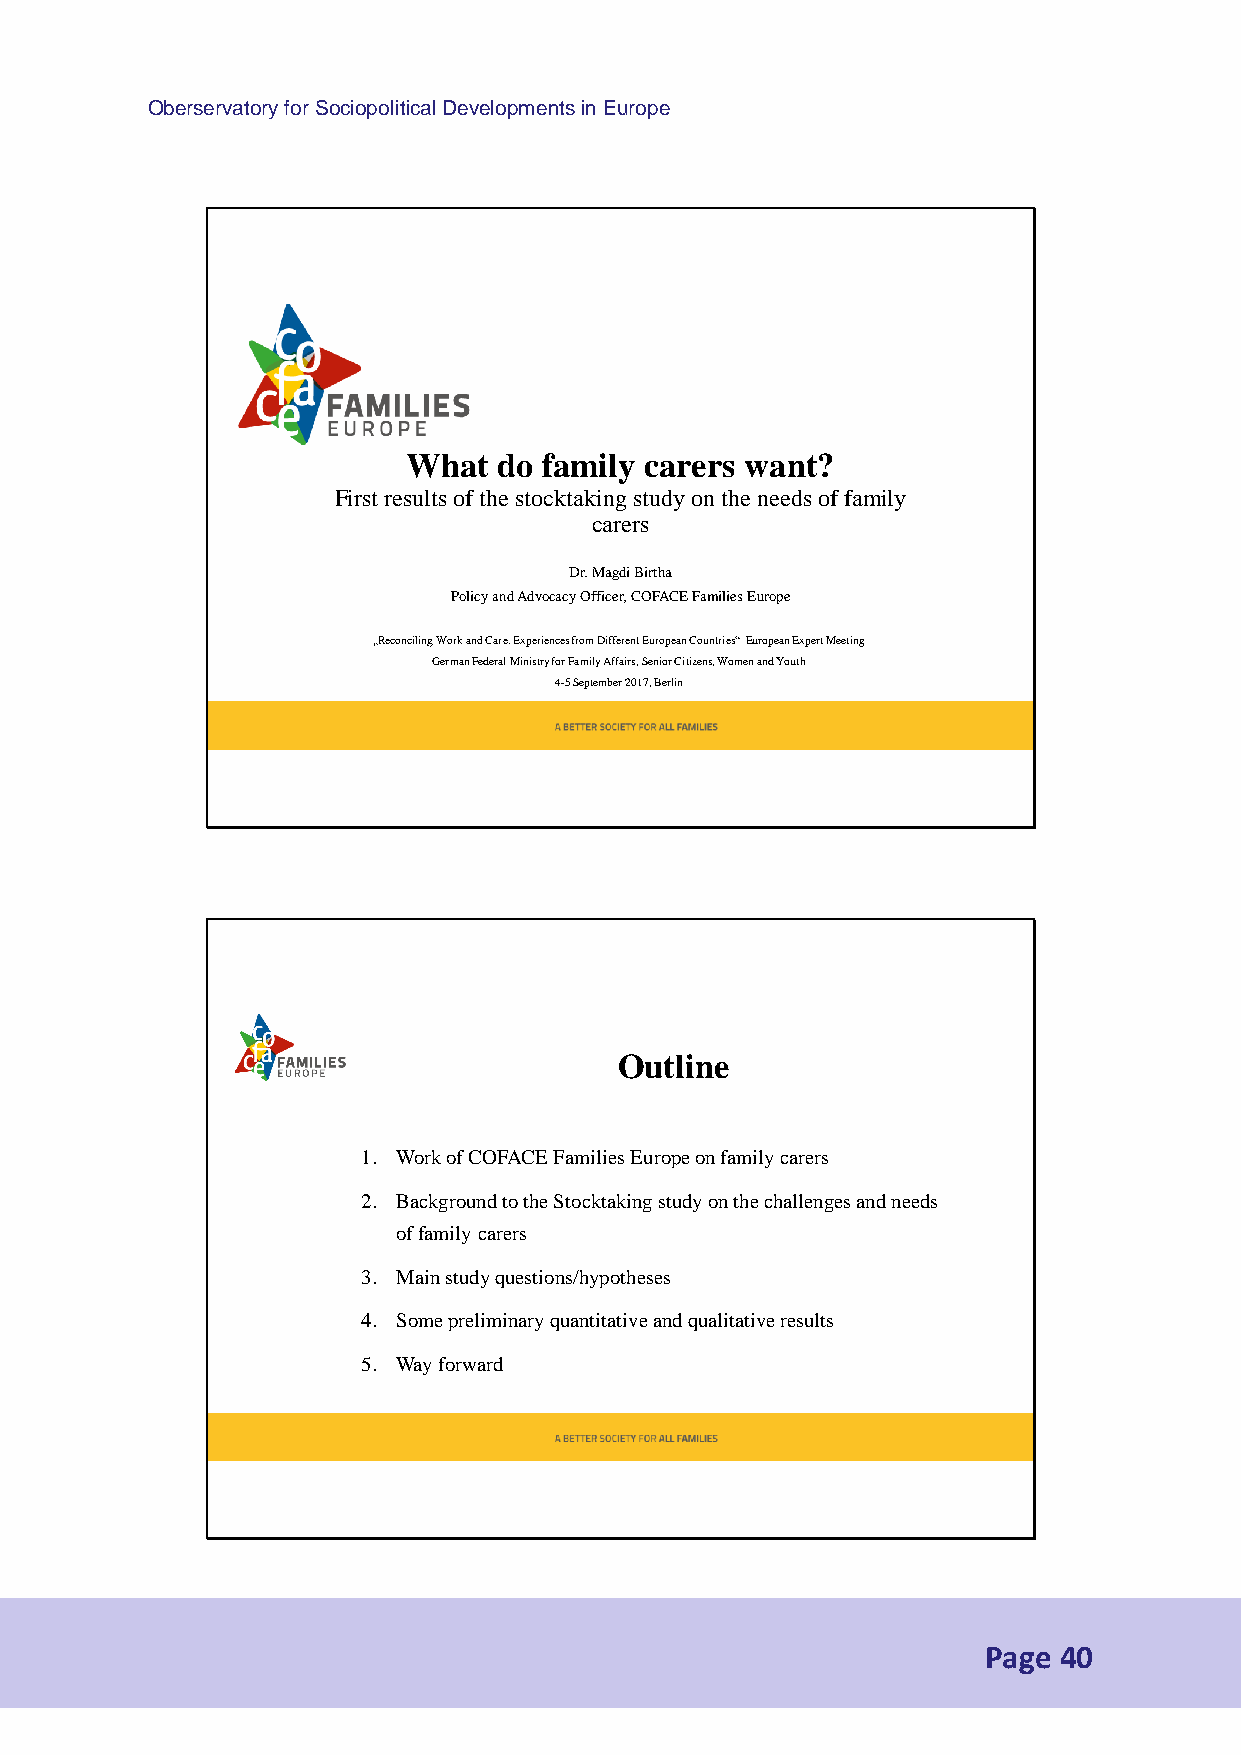
Oberservatory for Sociopolitical Developments in Europe
 What  do family carers want?
 First results of the stocktaking study on the needs of family
 carers
 Dr.Magdi Birtha
 Policy and Advocacy Officer, COFACE Families Europe
 „Reconciling Work and Care. Experiences from Different European Countries“European Expert Meeting
 German Federal Ministry for Family Affairs, Senior Citizens, Women and Youth
 4-5 September 2017, Berlin
 Outline
 1. Work of COFACE Families Europe on family carers
 2. Background to the Stocktaking study on the challenges and needs
 of family carers
 3. Main study questions/hypotheses
 4. Some preliminary quantitative and qualitative results
 5. Way forward
 Page 40